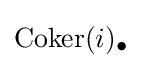
{\text{Coker}}(i)_{\bullet }